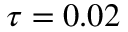
\tau = 0 . 0 2